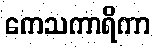
ကေသကာရိကာ